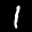
Label: 1